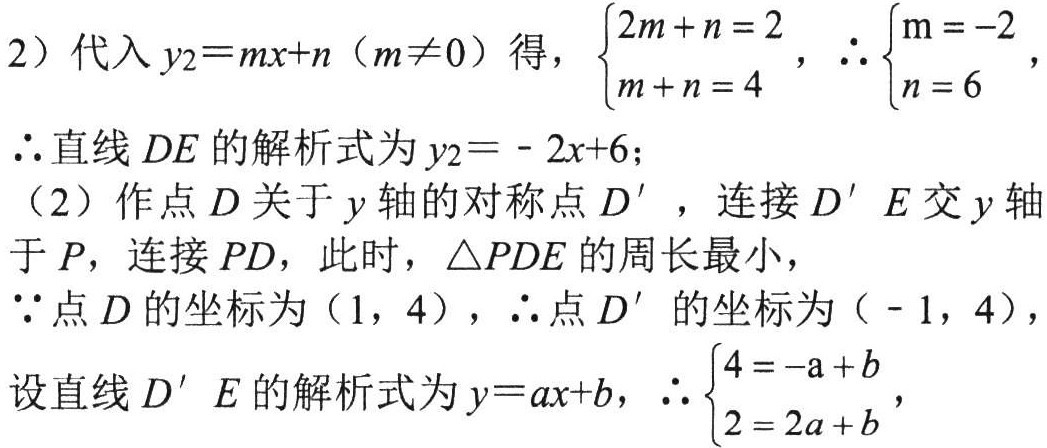
(2) 代入 \(y_{2}=mx + n\ (m\neq0)\) 得，\(\begin{cases}2m + n = 2\\m + n = 4\end{cases}\)，\(\therefore\begin{cases}m=-2\\n = 6\end{cases}\)，
\(\therefore\) 直线 \(DE\) 的解析式为 \(y_{2}=-2x + 6\)；
(2) 作点 \(D\) 关于 \(y\) 轴的对称点 \(D'\)，连接 \(D'E\) 交 \(y\) 轴于 \(P\)，连接 \(PD\)，此时，\(\triangle PDE\) 的周长最小，
\(\because\) 点 \(D\) 的坐标为 \((1,4)\)，\(\therefore\) 点 \(D'\) 的坐标为 \((-1,4)\)，
设直线 \(D'E\) 的解析式为 \(y = ax + b\)，\(\therefore\begin{cases}4=-a + b\\2 = 2a + b\end{cases}\)，